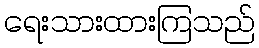
ရေးသားထားကြသည်